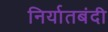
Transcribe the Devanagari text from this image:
निर्यातबंदी